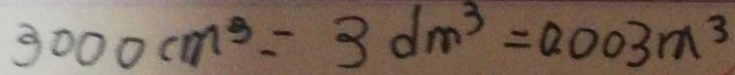
3 0 0 0 c m ^ { 3 } = 3 d m ^ { 3 } = 0 . 0 0 3 m ^ { 3 }